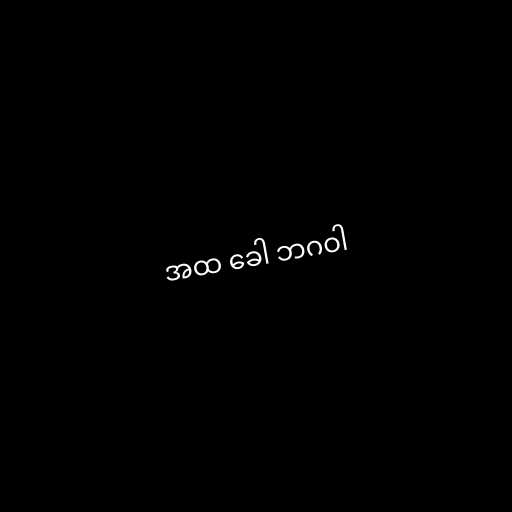
အထ ခေါ ဘဂဝါ